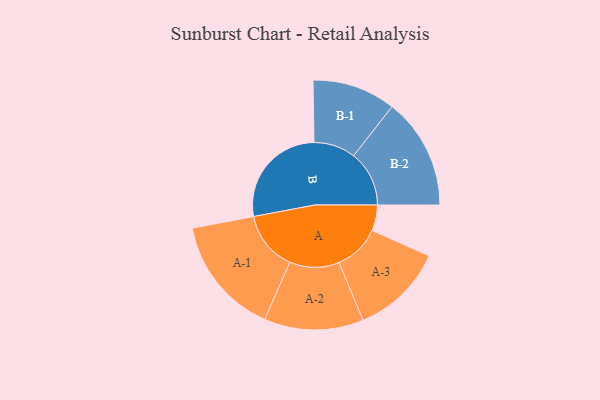
{"axis": {"x": "Segment", "y": "Value"}, "legend": ["", "A", "B"], "data": [{"x": "A", "y": 117, "type": ""}, {"x": "B", "y": 486, "type": ""}, {"x": "A-1", "y": 271, "type": "A"}, {"x": "A-2", "y": 226, "type": "A"}, {"x": "A-3", "y": 211, "type": "A"}, {"x": "B-1", "y": 190, "type": "B"}, {"x": "B-2", "y": 253, "type": "B"}]}